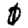
Digit: 0